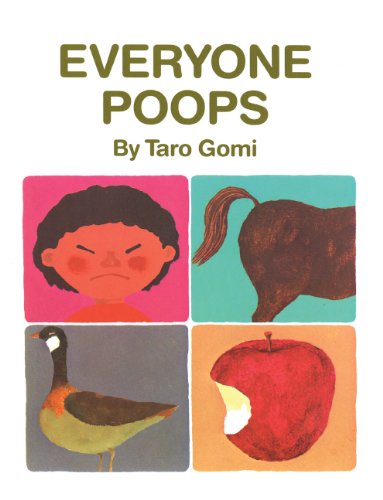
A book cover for Everyone Poops (Turtleback School & Library Binding Edition); Taro Gomi; Children's Books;